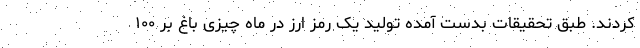
کردند. طبق تحقیقات بدست آمده تولید یک رمز ارز در ماه چیزی باغ بر ۱۰۰